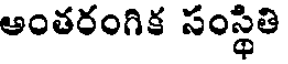
అంతరంగిక సంస్థితి